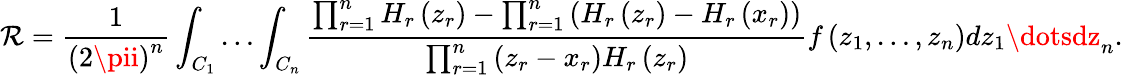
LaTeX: \mathcal{R}=\frac{{1}}{{\left(2\pii\right)^{n}}}\int_{C_{1}}\dots\int_{C_{n}}\frac{{\prod_{r=1}^{n}H_{r}\left(z_{r}\right)-\prod_{r=1}^{n}\left(H_{r}\left(z_{r}\right)-H_{r}\left(x_{r}\right)\right)}}{{\prod_{r=1}^{n}\left(z_{r}-x_{r}\right)H_{r}\left(z_{r}\right)}}f\left(z_{1},\dots,z_{n}\right)dz_{1}\dotsdz_{n}.